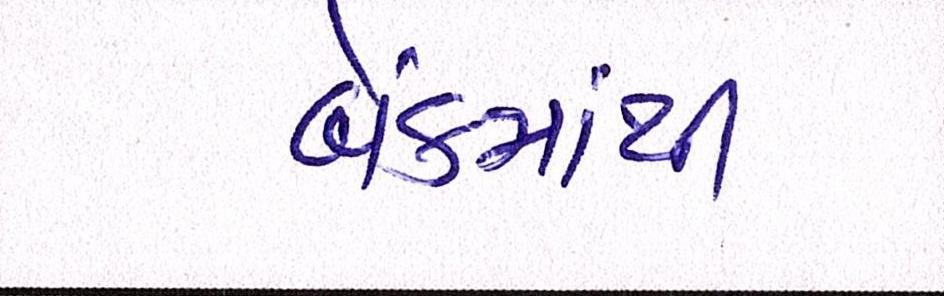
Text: બેંકમાંથી